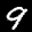
Label: 9